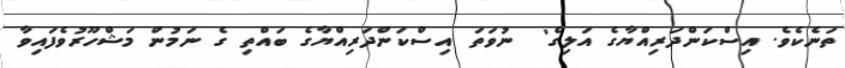
ތަނެކެވެ. އިސްކަންދަރިއްޔާގެ އަލިގެ'  ނުވަތަ އިސްކަންދަރިއްޔާގެ ބައްތި ގެ ނަމުން މަޝްހޫރުވެފައިވާ